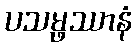
ပသမ္ဖဿာနံ